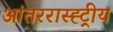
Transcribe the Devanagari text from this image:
आंतररास्ह्ट्रीय